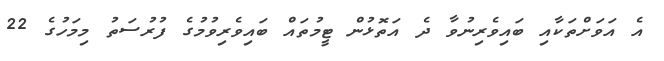
އެ އަވަށްތަކާއި ބައިވެރިނުވާ ދެ އަތޮޅުން ޓީމުތައް ބައިވެރިވުމުގެ ފުރުސަތު މިމަހުގެ 22